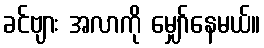
ခင်ဗျား အလာကို မျှော်နေမယ်။